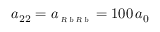
a _ { 2 2 } = a _ { \scriptscriptstyle \textsl { R b R b } } = 1 0 0 \, a _ { 0 }